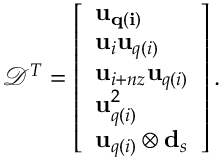
\mathcal { D } ^ { T } = \left[ \begin{array} { l } { \mathbf { u _ { q ( i ) } } } \\ { \mathbf { u } _ { i } \mathbf { u } _ { q ( i ) } } \\ { \mathbf { u } _ { i + n z } \mathbf { u } _ { q ( i ) } } \\ { \mathbf { u } _ { q ( i ) } ^ { 2 } } \\ { \mathbf { u } _ { q ( i ) } \otimes \mathbf { d } _ { s } } \end{array} \right] .